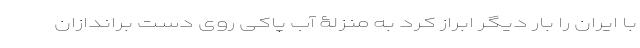
با ایران را بار دیگر ابراز کرد به منزلۀ آبِ پاکی روی دست براندازان